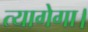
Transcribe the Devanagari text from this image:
त्यागेगा।